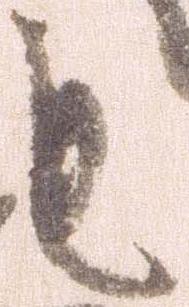
も